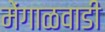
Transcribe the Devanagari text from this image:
मेंगाळवाडी